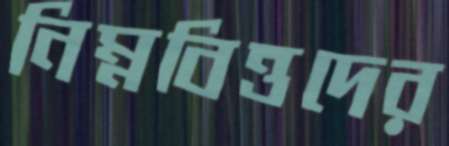
নিম্নবিত্তদের